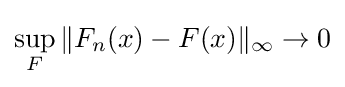
\sup _{F}\|F_{n}(x)-F(x)\|_{\infty }\to 0